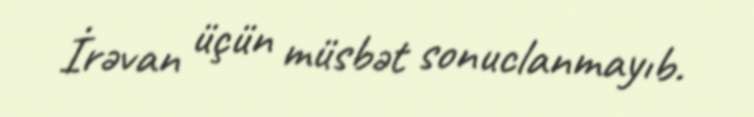
İrəvan üçün müsbət sonuclanmayıb.